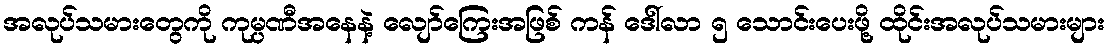
အလုပ်သမားတွေကို ကုမ္ပဏီအနေနဲ့ လျော်ကြေးအဖြစ် ကန် ဒေါ်လာ ၅ သောင်းပေးဖို့ ထိုင်းအလုပ်သမားများ